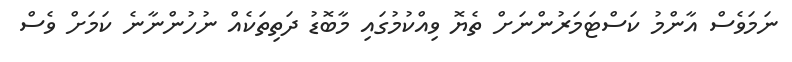
ނަމަވެސް އާންމު ކަސްޓަމަރުންނަށް ތެޔޮ ވިއްކުމުގައި މާބޮޑު ދަތިތަކެއް ނުހުންނާނެ ކަމަށް ވެސް